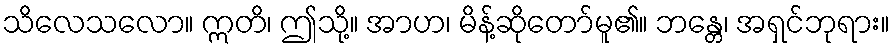
သိလေသလော။ ဣတိ၊ ဤသို့။ အာဟ၊ မိန့်ဆိုတော်မူ၏။ ဘန္တေ၊ အရှင်ဘုရား။